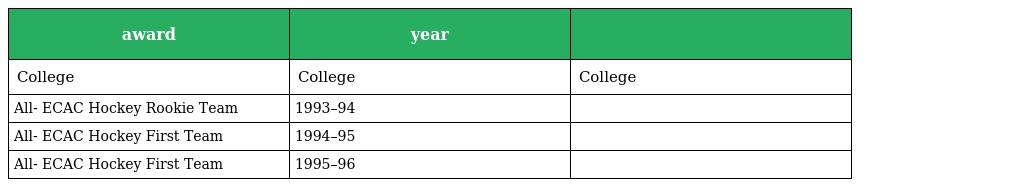
| award | year |  |
 | --- | --- | --- |
 | College | College | College |
 | All- ECAC Hockey Rookie Team | 1993–94 |  |
 | All- ECAC Hockey First Team | 1994–95 |  |
 | All- ECAC Hockey First Team | 1995–96 |  |